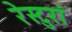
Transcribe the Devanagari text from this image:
रेस्टुरां